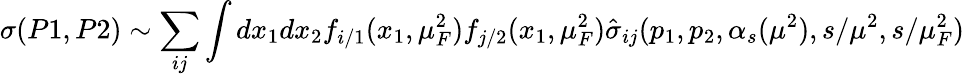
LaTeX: \sigma(P1,P2)\sim\sum_{ij}\int dx_{1}dx_{2}f_{i/1}(x_{1},\mu_{F}^{2})f_{j/2}(x_{1},\mu_{F}^{2})\hat{\sigma}_{ij}(p_{1},p_{2},\alpha_{s}(\mu^{2}),s/\mu^{2},s/\mu_{F}^{2})